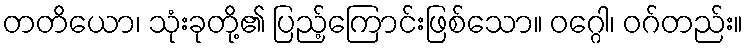
တတိယော၊ သုံးခုတို့၏ ပြည့်ကြောင်းဖြစ်သော။ ဝဂ္ဂေါ၊ ဝဂ်တည်း။